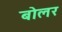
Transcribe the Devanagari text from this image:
बोलर